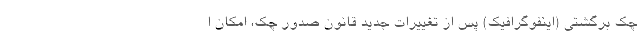
چک برگشتی (اینفوگرافیک) پس از تغییرات جدید قانون صدور چک، امکان ا